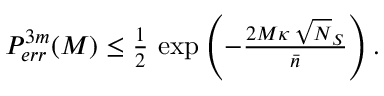
\begin{array} { r } { P _ { e r r } ^ { 3 m } ( M ) \leq \frac { 1 } { 2 } \, \exp \left( - \frac { 2 M \kappa \, \sqrt { N } _ { S } } { \bar { n } } \right) . } \end{array}